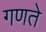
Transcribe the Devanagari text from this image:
गणते